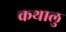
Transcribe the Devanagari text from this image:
कथालु